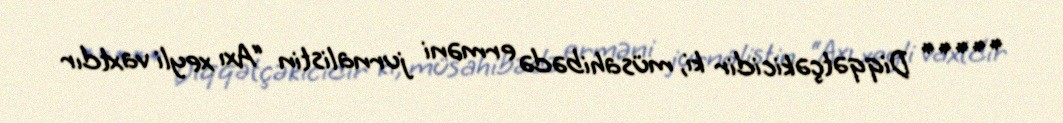
***** Diqqətçəkicidir ki, müsahibədə erməni jurnalistin “Axı xeyli vaxtdır